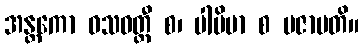
အန္တကော ဝသဝတ္တီ စ၊ ပါပိမာ စ ပဇာပတိ။